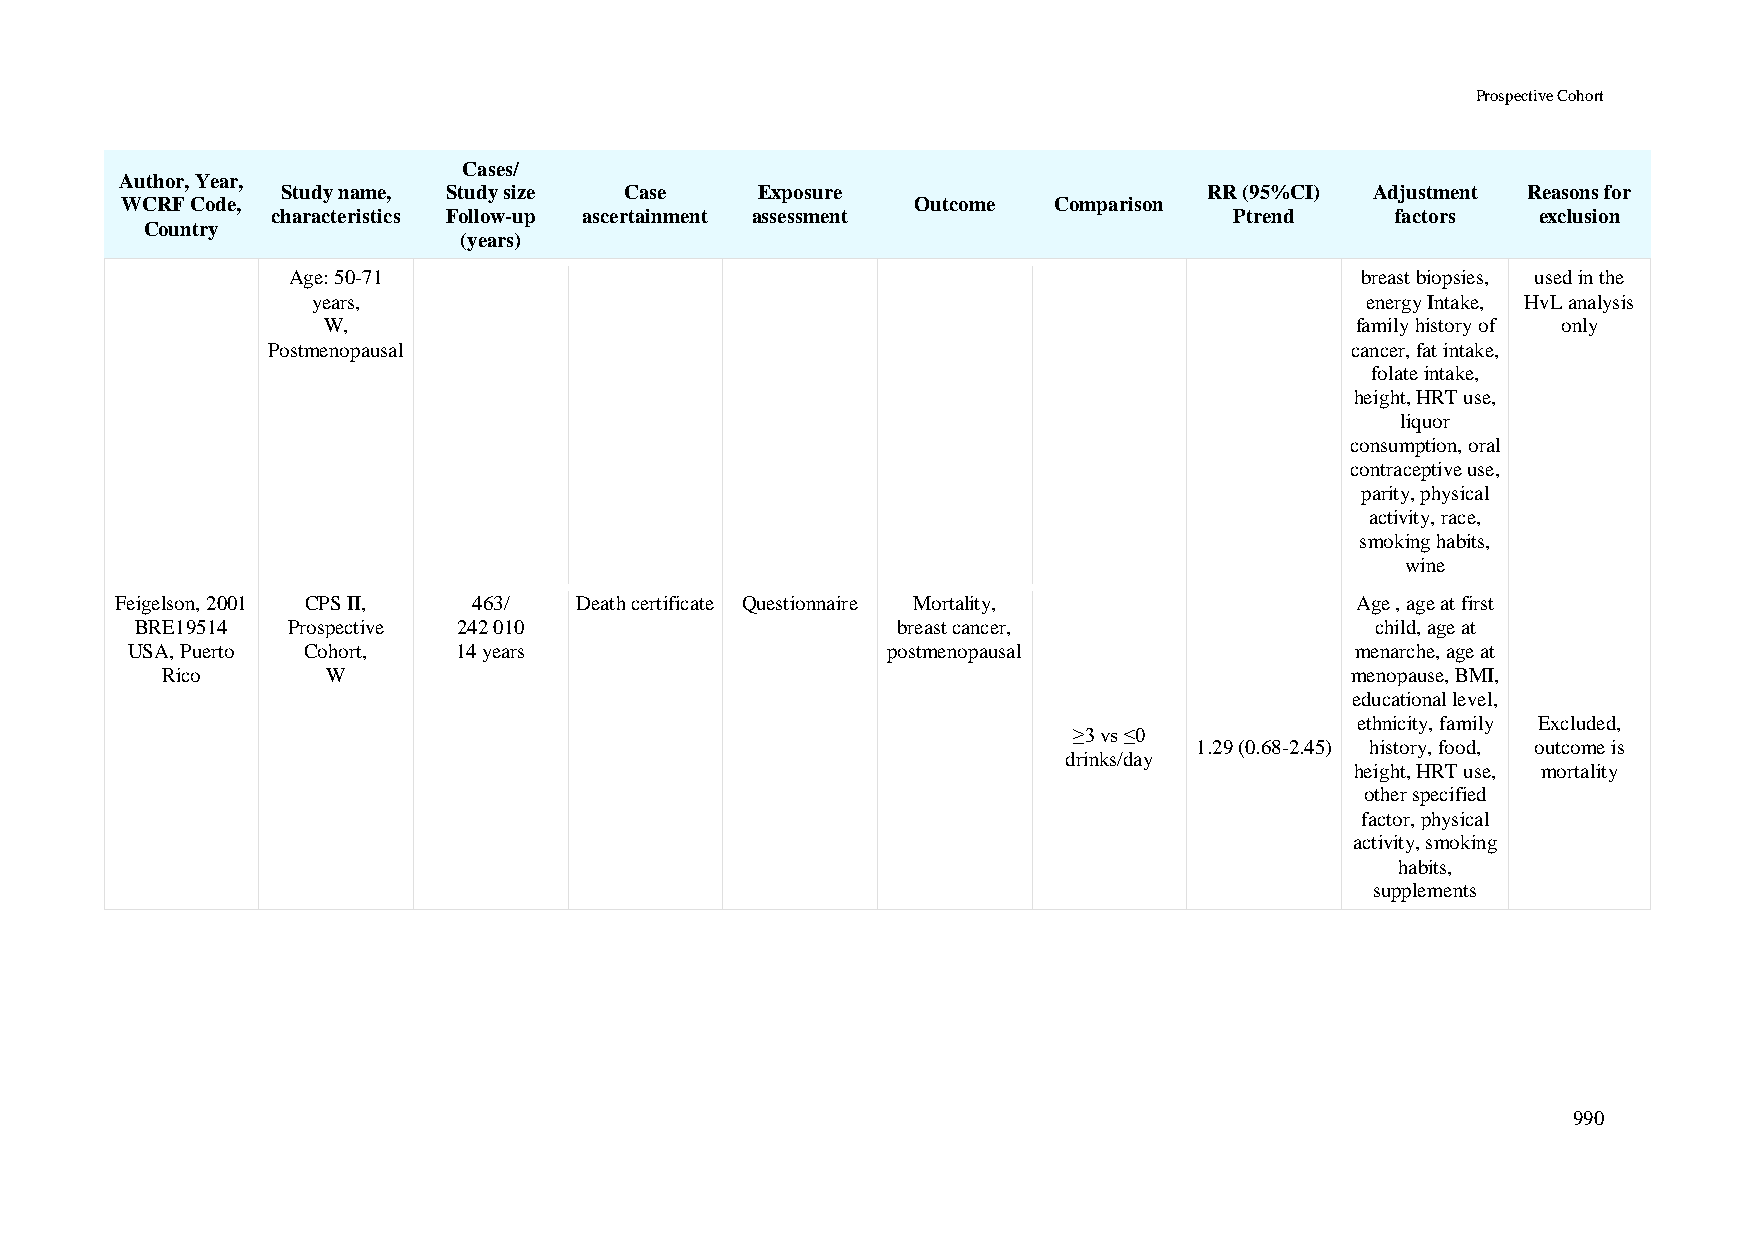
Prospective Cohort
 Cases/
 Author, Year,
 Study name, Study size Case    Exposure                      RR (95%CI) Adjustment Reasons for
 WCRF Code,                                           Outcome  Comparison
 characteristics Follow-up ascertainment assessment              Ptrend    factors   exclusion
 Country
 (years)
 Age: 50-71                                                             breast biopsies, used in the
 years,                                                               energy Intake, HvL analysis
 W,                                                                   family history of only
 Postmenopausal                                                         cancer, fat intake,
 folate intake,
 height, HRT use,
 liquor
 consumption, oral
 contraceptive use,
 parity, physical
 activity, race,
 smoking habits,
 wine
 Feigelson, 2001 CPS II, 463/  Death certificate Questionnaire Mortality,          Age , age at first
 BRE19514  Prospective 242 010                     breast cancer,                  child, age at
 USA, Puerto Cohort,   14 years                     postmenopausal                 menarche, age at
 Rico       W                                                                  menopause, BMI,
 educational level,
 ethnicity, family Excluded,
 ≥3 vs ≤0
 1.29 (0.68-2.45) history, food, outcome is
 drinks/day
 height, HRT use, mortality
 other specified
 factor, physical
 activity, smoking
 habits,
 supplements
 990